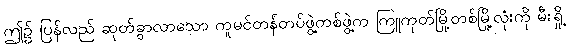
ဤ၌ ပြန်လည် ဆုတ်ခွာလာသော ကူမင်တန်တပ်ဖွဲ့တစ်ဖွဲ့က ကြူကုတ်မြို့တစ်မြို့လုံးကို မီးရှို့